Annual returns of the Patna Lunatic Asylum at Bankipore in Bihar and Orissa - 1912-1924
Year: 1912
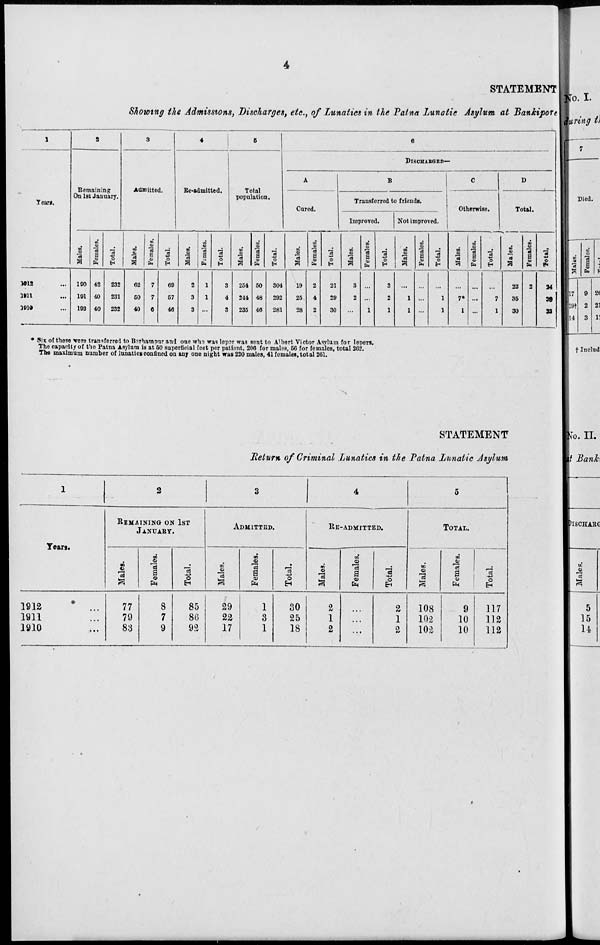
4
STATEMENT
Showing the Admissions, Discharges, etc., of Lunatics in the Patna Lunatic Asylum at Bankipore
1
Years.
1912 ...
1911 ...
1910 ...
2
Remaining
On 1st January.
Males.
190
191
192
Females.
42
40
40
Total.
232
231
232
3
Admitted.
Males.
62
50
40
Females.
7
7
6
Total.
69
57
46
4
Re-admitted.
Males.
2
3
3
Females.
1
1
...
Total.
3
4
3
5
Total
population.
Males.
254
244
235
Females.
50
48
46
Total.
304
292
281
6
DISCHARGED—
A
Cured.
Males.
19
25
28
Females.
2
4
2
Total.
21
29
30
B
Transferred to friends.
Improved.
Males.
3
2
...
Females.
...
...
1
Total.
3
2
1
Not improved.
Males.
...
1
1
Females.
...
...
...
Total.
...
1
1
C
Otherwise.
Males.
...
7*
1
Females.
...
...
...
Total.
...
7
1
D
Total.
Males.
22
35
30
Females.
2
3
3
Total.
24
35
33
* Six of these were transferred to Berhampur and one who was leper was sent to Albert Victor Asylum for lepers.
The capacity of the Patna Asylum is at 50 superficial feet per patient, 206 for males, 56 for females, total 262.
The maximum number of lunatics confined on any one night was 220 males, 41 females, total 261.
STATEMENT
Return of Criminal Lunatics in the Patna Lunatic Asylum
1
Years.
1912 ...
1911 ...
1910 ...
2
REMAINING ON 1ST
JANUARY.
Males.
77
79
83
Females.
8
7
9
Total.
85
86
92
3
ADMITTED.
Males.
29
22
17
Females.
1
3
1
Total.
30
25
18
4
RE-ADMITTED.
Males.
2
1
2
Females.
...
...
...
Total.
2
1
2
5
TOTAL.
Males.
108
102
102
Females.
9
10
10
Total.
117
112
112